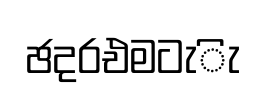
ඡදරඑමටැිැ